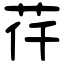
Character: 𦭛